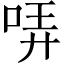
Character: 哢